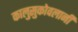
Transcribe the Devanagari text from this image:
कालुसुकोवलानी